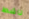
ناشط